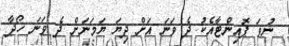
ނުވަ ޕޮއިންޓާއެކު ދެ ވަނަ އަށް ދިޔަ ޔަމަނަށް ދެ ވަނަ ހޯދާ